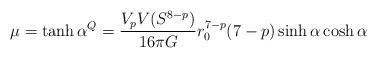
LaTeX: \begin{align*} \mu = \tanh \alpha \sp Q = \frac{V_pV(S^{8-p})}{16\pi G} r_0^{7-p} (7-p) \sinh \alpha \cosh \alpha\end{align*}